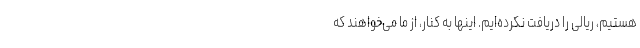
هستیم، ریالی را دریافت نکرده‌ایم. اینها به کنار، از ما می‌خواهند که